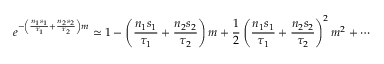
e ^ { - \left( \frac { n _ { 1 } s _ { 1 } } { \tau _ { 1 } } + \frac { n _ { 2 } s _ { 2 } } { \tau _ { 2 } } \right) m } \simeq 1 - \left( \frac { n _ { 1 } s _ { 1 } } { \tau _ { 1 } } + \frac { n _ { 2 } s _ { 2 } } { \tau _ { 2 } } \right) m + \frac { 1 } { 2 } \left( \frac { n _ { 1 } s _ { 1 } } { \tau _ { 1 } } + \frac { n _ { 2 } s _ { 2 } } { \tau _ { 2 } } \right) ^ { 2 } m ^ { 2 } + \cdots